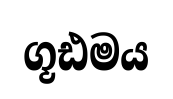
ගූඪමය